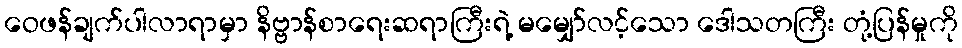
ဝေဖန်ချက်ပါလာရာမှာ နိဗ္ဗာန်စာရေးဆရာကြီးရဲ့ မမျှော်လင့်သော ဒေါသတကြီး တုံ့ပြန်မှုကို